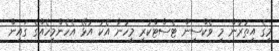
މީގެ އިތުުރުން މި ވެކްސިން ޓެސްޓްކުރި މީހުނާ އެކު އުޅޭ އެހެންމީހެއްގެ ގައިން